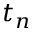
t _ { n }